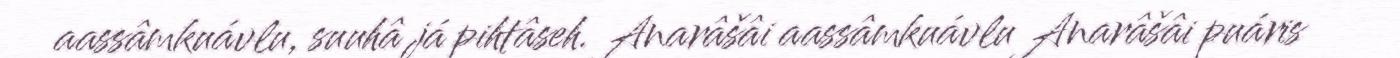
aassâmkuávlu, suuhâ já pihtâseh. Anarâšâi aassâmkuávlu Anarâšâi puáris